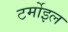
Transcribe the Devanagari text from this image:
टर्मोइल